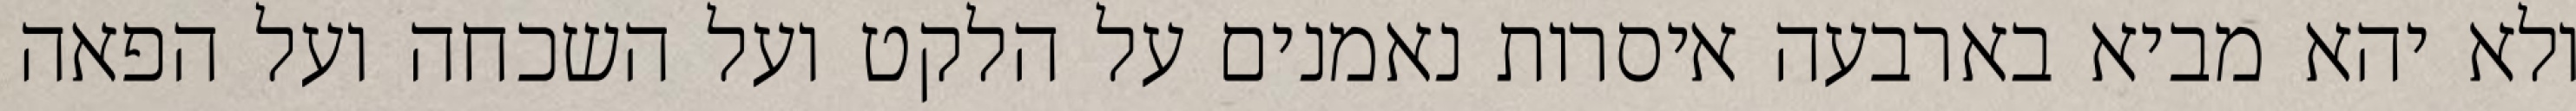
ולא יהא מביא בארבעה איסרות נאמנים על הלקט ועל השכחה ועל הפאה